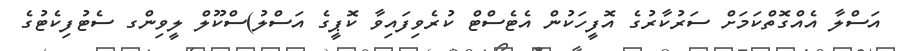
އަސްލާ އެއްގޮތްކަމަށް ސަރުކާރުގެ އޮފީހަކުން އެޓެސްޓް ކުރެވިފައިވާ ކޮޕީގެ އަސްލު)ސްކޫލް ލީވިންގ ސެޓުފިކެޓުގެ